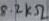
Text: 8.2kΩ